Code of medical and sanitary regulations for the guidance of medical officers serving in the Madras Presidency - Volume I
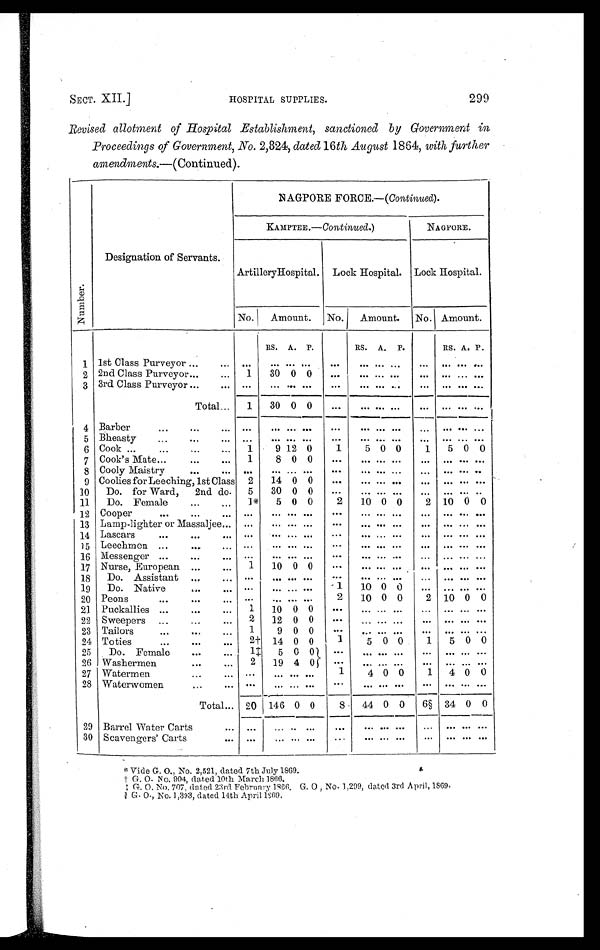
SECT. XII.]
HOSPITAL SUPPLIES.
299
Revised allotment of Hospital Establishment, sanctioned by Government in
Proceedings of Government, No. 2,824, dated 16 th August 1864, with further
amendments.—(Continued).
Numbe r .
Designation of Servants.
NAGPORE FORCE.— (Continued).
KAMPTEE.— Continued. )
NAGPORE.
ArtilleryHospital. Lock Hospital. Lock Hospital.
No.
Amount. No.
Amount. No. Amount.
RS. A. P.
RS. A.
P.
RS. A. P.
1 1st Class Purveyor . . .
. . .
. . .
. . .
. . . . . . ...
. . .
. . . . . .
. . .
. . . . . . . . .
2 2nd Class Purveyor . . . ...
1
30 0 0
...
. . .
. . . . . .
. . .
. . . . . . . . .
3 3rd Class Purveyor ...
. . .
. . . ... ... . . .
...
. . .
. . . . . .
. . .
. . . . . . . . .
Total . . . 1
30 0 0
...
. . .
. . . . . .
. . .
. . . . . . . . .
4 Barber
...
. . .
. . .
. . .
. . .
. . . . . .
...
. . . . . . . . .
. . .
. . . . . . . . .
5 Bheasty
...
. . . . . . ...
. . .
. . . . . . ...
. . . . . . . . .
. . .
. . . . . . . . .
6 Cook ...
...
. . .
...
1
9 12 0
1
5 0 0
1
5 0 0
7 Cook's Mate . . .
. . . ...
1
8 0 0
. . .
. . .
. . . . . .
. . .
. . . . . . . . .
8 Cooly Maistry . . .
. . .
. . . ...
. . .
. . . . . .
. . .
. . .
. . . . . .
. . .
. . . . . . . . .
9 Coolies for Leeching, 1st Class 2
14 0 0
. . .
. . .
. . . . . .
. . .
. . . . . . . . .
10
Do. for Ward, 2nd do.
5
30 0 0
. . .
... ... ...
. . .
. . . . . . . . .
11
Do. Female
...
. . . 1*
5 0 0
2
10 0 0
2 10 0 0
12 Cooper
. . .
. . .
. . .
. . .
. . .
. . . . . .
. . .
. . .
. . . ...
. . .
. . . . . . . . .
13 Lamp-lighter or Massaljee . . . . . .
. . .
. . . . . .
. . .
. . .
. . . . . .
. . .
. . . . . . . . .
14 Lascars
...
. . .
. . .
. . .
. . .
. . . . . .
. . .
. . .
. . . . . .
. . .
. . . . . . . . .
15 Leechmen ...
. . .
. . . . . .
. . .
. . . . . .
. . .
. . .
. . . . . .
. . .
. . . . . . . . .
16 Messenger ...
...
...
. . .
. . .
. . . . . .
. . .
. . .
. . . . . . ... ... ... ...
17 Nurse, European ...
. . .
1 10 0 0
. . .
. . .
. . . . . .
. . .
. . . . . . . . .
18
Do. Assistant ...
. . .
. . .
. . .
. . . . . .
. . .
. . .
. . . . . .
. . .
. . . . . . . . .
19
Do. Native
. . .
. . .
. . .
. . .
. . . . . .
1
10 0 0
. . .
. . . . . . . . .
20 Peons
...
...
. . .
. . .
. . .
. . . . . .
2
10 0 0
2 10 0 0
21 Puckallies ...
. . .
. . . 1
10 0 0
. . .
. . . . . . . . . ... ... ... . . .
22 Sweepers ...
...
...
2
12 0 0
. . .
... ... ...
. . .
. . . . . . . . .
23 Tailors
...
...
. . .
1
9 0 0
. . .
. . . ... ...
. . .
. . . . . . . . .
24 Toties
...
...
. . . 2† 14 0 0
1
5 0 0
1
5 0 0
25
Do. Female
...
. . . 1‡
5 0 0
. . .
. . . . . . . . .
. . .
. . . . . . . . .
26 Washermen
...
...
2
19 4 0
. . .
. . . . . . . . .
. . .
. . . . . . . . .
27 Watermen
...
...
. . .
. . . . . . . . .
1
4 0 0
1
4 0 0
28 Waterwomen
...
...
. . .
. . . . . . . . .
. . .
. . . . . . . . .
. . .
. . . . . . . . .
Total . . . 20 146 0 0
8
44 0 0
6 § 34 0 0
29 Barrel Water Carts
. . .
. . . ... . . . ...
...
. . . . . .
. . .
. . .
. . . . . .
. . .
30 Scavengers' Carts
. . .
. . . ...
. . . . . .
. . .
. . . . . .
. . .
. . .
. . . . . .
. . .
* Vide G. O., No. 2,521, dated 7th July 1869.
† G. O. No. 904, dat ed 10t h Mar ch 1866.
‡ G. O. No. 707, dated 23rd February 1866. G. O, No. 1,299, dated 3rd April, 1869.
§ G. O., No. 1,393, dated I4th April 1869.